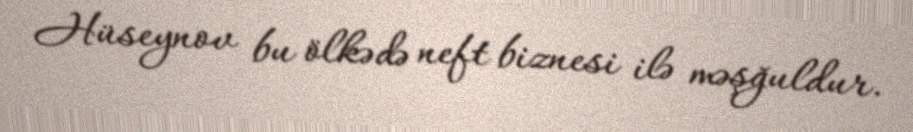
Hüseynov bu ölkədə neft biznesi ilə məşğuldur.